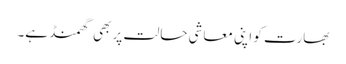
بھارت کو اپنی معاشی حالت پر بھی گھمنڈ ہے۔